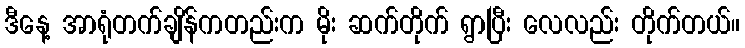
ဒီနေ့ အာရုံတက်ချိန်ကတည်းက မိုး ဆက်တိုက် ရွာပြီး လေလည်း တိုက်တယ်။